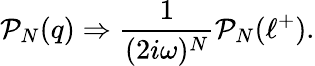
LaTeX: \mathcal{P}_{N}(q)\Rightarrow{\frac{{1}}{{(2i\omega)^{N}}}}\mathcal{P}_{N}(\ell^{+}).